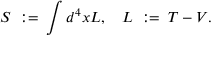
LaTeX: S \; : = \; \int { d ^ { 4 } x } { \cal L } , \quad { \cal L } \; : = \; { \cal T } - { \cal V } .